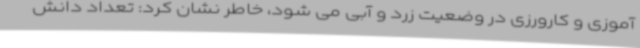
آموزی و کارورزی در وضعیت زرد و آبی می شود، خاطر نشان کرد: تعداد دانش